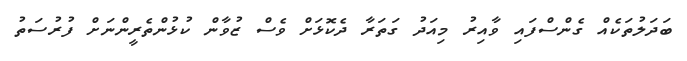
ބަދަލުތަކެއް ގެންސްފައި ވާއިރު މިއަދު ގަތަރާ ދެކޮޅަށް ވެސް ޒުވާން ކުޅުންތެރީންނަށް ފުރުސަތު